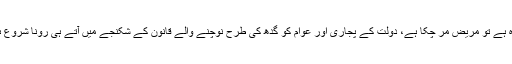
بھٹو اگر زندہ ہے تو مریض مر چکا ہے، دولت کے پجاری اور عوام کو گدھ کی طرح نوچنے والے قانون کے شکنجے میں آتے ہی رونا شروع ہو جاتے ہیں۔